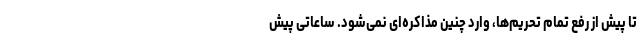
تا پیش از رفع تمام تحریم‌ها، وارد چنین مذاکره‌ای نمی‌شود. ساعاتی پیش